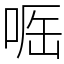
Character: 𠶲